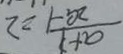
\frac { a + 1 } { 2 a - 1 } \geq 2